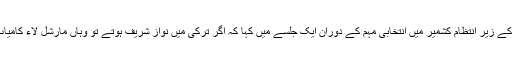
پاکستان کے زیرِ انتظام کشمیر میں انتخابی مہم کے دوران ایک جلسے میں کہا کہ اگر ترکی میں نواز شریف ہوتے تو وہاں مارشل لاء کامیاب ہوجاتا۔